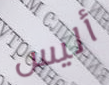
أليس